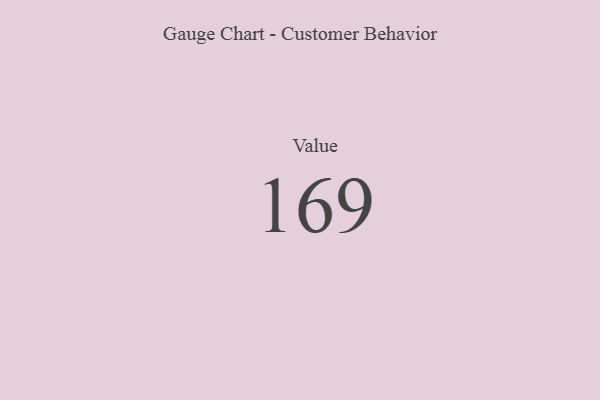
{"axis": {"x": "Metric", "y": "Value"}, "legend": [""], "data": [{"x": "Value", "y": 169, "type": ""}]}